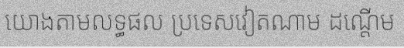
យោងតាមលទ្ធផល ប្រទេសវៀតណាម ដណ្តើម